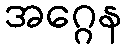
အဂ္ဂေန